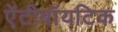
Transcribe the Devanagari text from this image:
ऐंटीबॉयटिक